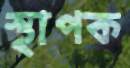
স্থাপক